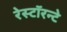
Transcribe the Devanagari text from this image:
रेस्टॉरन्टे